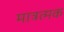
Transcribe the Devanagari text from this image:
मात्रत्मक